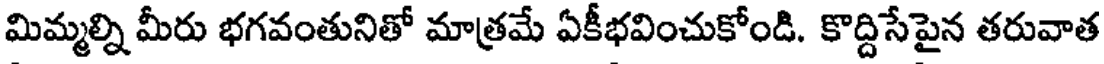
మిమ్మల్ని మీరు భగవంతునితో మాత్రమే ఏకీభవించుకోండి. కొద్దిసేపైన తరువాత